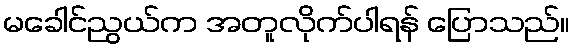
မခေါင်ညွယ်က အတူလိုက်ပါရန် ပြောသည်။